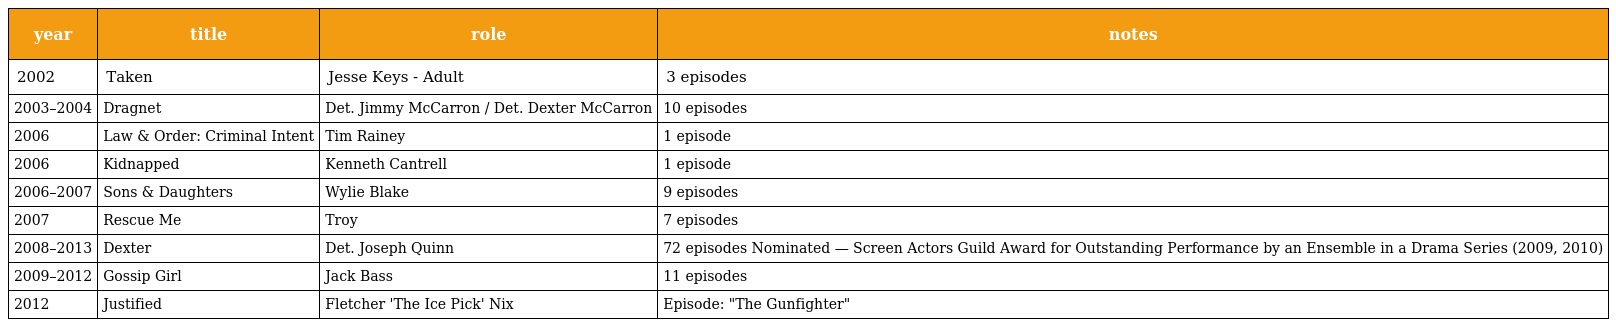
| year | title | role | notes |
 | --- | --- | --- | --- |
 | 2002 | Taken | Jesse Keys - Adult | 3 episodes |
 | 2003–2004 | Dragnet | Det. Jimmy McCarron / Det. Dexter McCarron | 10 episodes |
 | 2006 | Law & Order: Criminal Intent | Tim Rainey | 1 episode |
 | 2006 | Kidnapped | Kenneth Cantrell | 1 episode |
 | 2006–2007 | Sons & Daughters | Wylie Blake | 9 episodes |
 | 2007 | Rescue Me | Troy | 7 episodes |
 | 2008–2013 | Dexter | Det. Joseph Quinn | 72 episodes Nominated — Screen Actors Guild Award for Outstanding Performance by an Ensemble in a Drama Series (2009, 2010) |
 | 2009–2012 | Gossip Girl | Jack Bass | 11 episodes |
 | 2012 | Justified | Fletcher 'The Ice Pick' Nix | Episode: "The Gunfighter" |